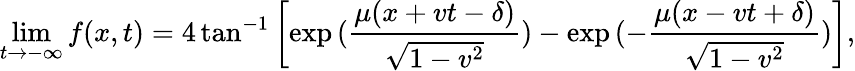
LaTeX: \operatorname*{lim}_{t\rightarrow-\infty}f(x,t)=4\tan^{-1}\left[\exp{(\frac{\mu(x+vt-\delta)}{\sqrt{1-v^{2}}})}-\exp{(-\frac{\mu(x-vt+\delta)}{\sqrt{1-v^{2}}})}\right],